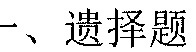
一、选择题